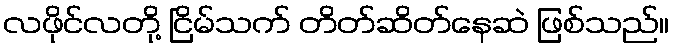
လဖိုင်လတို့ ငြိမ်သက် တိတ်ဆိတ်နေဆဲ ဖြစ်သည်။